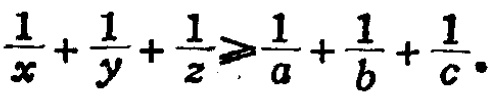
$\frac{1}{x}+\frac{1}{y}+\frac{1}{z}\geqslant\frac{1}{a}+\frac{1}{b}+\frac{1}{c}.$